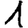
Digit: 1